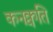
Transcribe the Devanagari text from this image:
कनक्वति